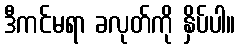
ဒီကင်မရာ ခလုတ်ကို နှိပ်ပါ။